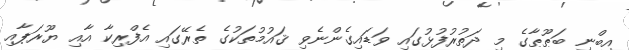
އިބްނި ބަޠޫޠާގެ މި ދަތުރުފުޅުގައި ވަޑައިގެންނެވި ޤައުމުތަކުގެ ތެރޭގައި އެފްރިކާ އާއި ޔޫރަޕާއި